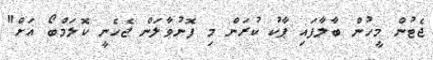
ޖެޓުން މީހުން ބާލާފައި ޕާކު ކުރަން މި ފޮނުވާލަން ޖެހެނީ ކޮލަމްބޯ އަށް"